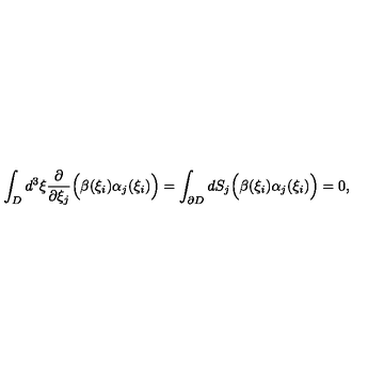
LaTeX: \displaystyle \int _ { D } d ^ { 3 } \xi \frac { \partial } { \partial \xi _ { j } } \Bigl ( \beta ( \xi _ { i } ) \alpha _ { j } ( \xi _ { i } ) \Bigr ) = \int _ { \partial D } d S _ { j } \Bigl ( \beta ( \xi _ { i } ) \alpha _ { j } ( \xi _ { i } ) \Bigr ) = 0 ,